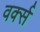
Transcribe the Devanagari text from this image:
वर्क्स